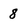
Character: 8